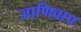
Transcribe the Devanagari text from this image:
जाणिवाच